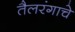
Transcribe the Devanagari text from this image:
तैलरंगाचे